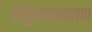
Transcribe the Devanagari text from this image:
त्रियुगनारायण